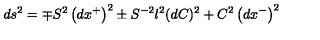
d s ^ { 2 } = \mp S ^ { 2 } \left( d x ^ { + } \right) ^ { 2 } \pm S ^ { - 2 } l ^ { 2 } ( d C ) ^ { 2 } + C ^ { 2 } \left( d x ^ { - } \right) ^ { 2 }